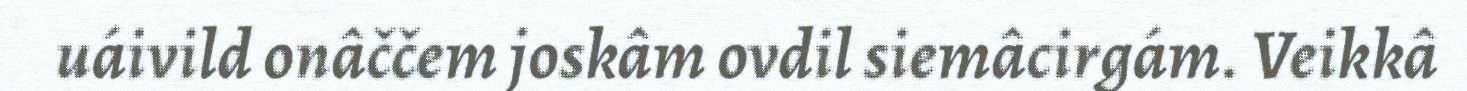
uáivild onâččem joskâm ovdil siemâcirgám. Veikkâ